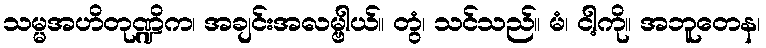
သမ္မအဟိတုဏ္ဍိက၊ အချင်းအလမ္ဗါယ်။ တွံ၊ သင်သည်။ မံ၊ ငါ့ကို။ အဘူတေန၊